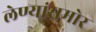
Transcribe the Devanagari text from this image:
लेण्यांसमोर